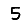
Digit: 5